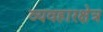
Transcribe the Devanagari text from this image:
व्यवहारक्षेत्र